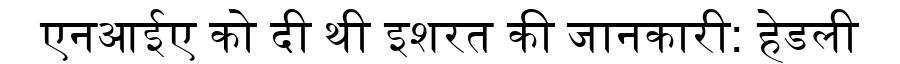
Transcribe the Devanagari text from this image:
एनआईए को दी थी इशरत की जानकारी: हेडली